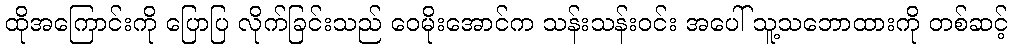
ထိုအကြောင်းကို ပြောပြ လိုက်ခြင်းသည် ဝေမိုးအောင်က သန်းသန်းဝင်း အပေါ် သူ့သဘောထားကို တစ်ဆင့်